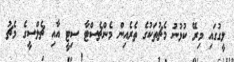
ލީގުގައި މިރޭ ކުޅުނު މެޗުތަކުގެ ތެރެއިން މެންޗެސްޓާ ސިޓީ އާއި ޗެލްސީގެ މެޗު